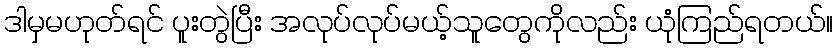
ဒါမှမဟုတ်ရင် ပူးတွဲပြီး အလုပ်လုပ်မယ့်သူတွေကိုလည်း ယုံကြည်ရတယ်။